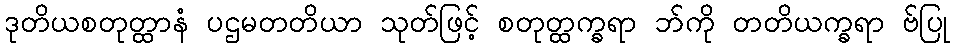
ဒုတိယစတုတ္ထာနံ ပဌမတတိယာ သုတ်ဖြင့် စတုတ္ထက္ခရာ ဘ်ကို တတိယက္ခရာ ဗ်ပြု